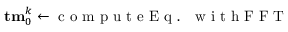
{ \bf { t m } } _ { 0 } ^ { k } \gets \mathrm { ~ c ~ o ~ m ~ p ~ u ~ t ~ e ~ E ~ q ~ . ~ ~ ~ w ~ i ~ t ~ h ~ F ~ F ~ T ~ }